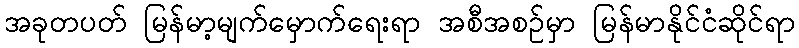
အခုတပတ် မြန်မာ့မျက်မှောက်ရေးရာ အစီအစဉ်မှာ မြန်မာနိုင်ငံဆိုင်ရာ